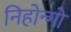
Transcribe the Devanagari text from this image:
निहोन्गो